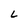
Character: L